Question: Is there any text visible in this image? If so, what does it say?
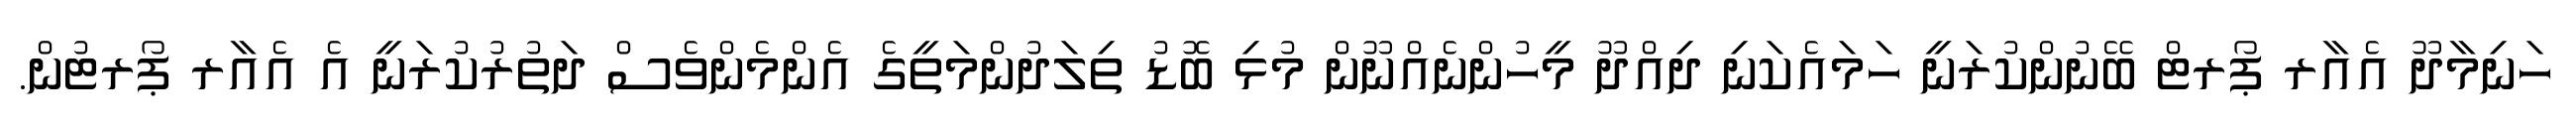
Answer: ހަނިމާދޫ އެއާރ ޕޯރޓް ބޭނުންކުރަނީ ހަމައެކަނި ދިއްދޫ މީހުންނެއްނޫން މުޅި ބޮޑު ތިލަދުންމަތީގެ އެންމެންވެސް ދަތުރުކުރަނީ އެ އެއާރ ޕޯރޓުން.